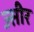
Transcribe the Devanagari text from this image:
ज्सीर